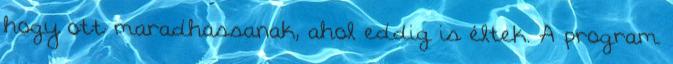
hogy ott maradhassanak, ahol eddig is éltek. A program